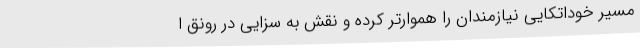
مسیر خوداتکایی نیازمندان را هموارتر کرده و نقش به سزایی در رونق ا